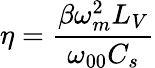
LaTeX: \eta=\frac{\beta\omega_{m}^{2}L_{V}}{\omega_{00}C_{s}}